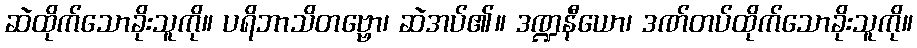
ဆဲထိုက်သောခိုးသူကို။ ပရိဘာသိတဗ္ဗော၊ ဆဲအပ်၏။ ဒဏ္ဍနီယော၊ ဒဏ်တပ်ထိုက်သောခိုးသူကို။